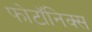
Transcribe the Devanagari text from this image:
फोटॉनिक्स